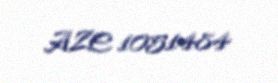
AZE 1051484